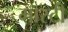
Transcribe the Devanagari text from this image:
मास्टी